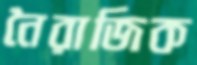
নৈরাজিক